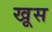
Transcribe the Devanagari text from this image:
खूस